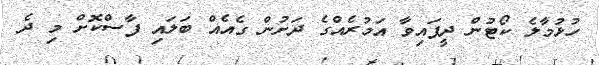
ހުޅުމާލެ ކޯޓުން ދީފައިވާ އަމުރެއްގެ ދަށުން ގެއެއް ބަލައި ފާސްކޮށް މި ދެ